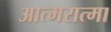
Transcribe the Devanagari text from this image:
आत्मरात्मा